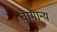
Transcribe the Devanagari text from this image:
वामान्य